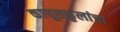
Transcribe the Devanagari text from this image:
कापूसफुलांचा